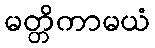
မတ္တိကာမယံ